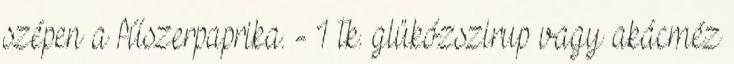
szépen a fűszerpaprika. - 1 tk. glükózszirup vagy akácméz